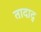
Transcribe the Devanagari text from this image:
तादाद्